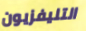
التليفزيون